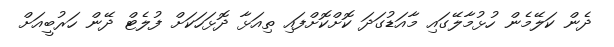
ދެން ކަލޭމެން ހުޅުމާލޭގައި މާއަޑުގަދަ ކޮށްކޮށްފައި ތިއަޅާ ދޮޅަހަކަށް ފުލެޓް ދޭން ހަރުބީއަށް